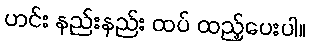
ဟင်း နည်းနည်း ထပ် ထည့်ပေးပါ။